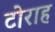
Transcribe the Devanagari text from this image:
टोराह